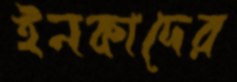
ইনকাদের